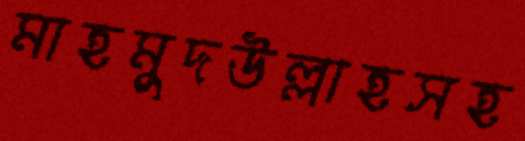
মাহমুদউল্লাহসহ